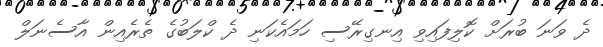
ދެ ވަނަ ބުރަށް ކޮލިފައިވި އިނގިރޭސި ހަމައެކަނި ދެ ކްލަބުގެ ތެރެއިން އާސެނަލް